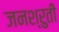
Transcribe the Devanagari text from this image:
जनश्रुती